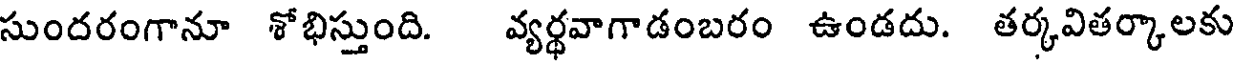
సుందరంగానూ శోభిస్తుంది. వ్యర్థవాగాడంబరం ఉండదు. తర్కవితర్కాలకు